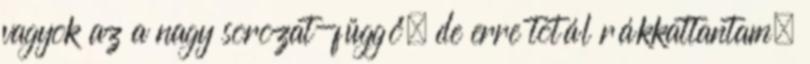
vagyok az a nagy sorozat-függő, de erre totál rákkattantam.